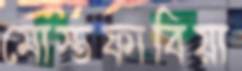
মোস্তফাবিয়া